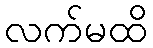
လက်မထိ